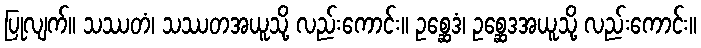
ပြုလျက်။ သဿတံ၊ သဿတအယူသို့ လည်းကောင်း။ ဥစ္ဆေဒံ၊ ဥစ္ဆေဒအယူသို့ လည်းကောင်း။